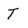
Character: T